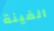
الفينة